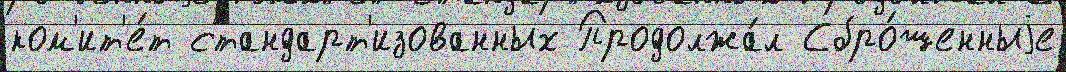
ком'ит'е́т стандарт'изованных Продолжа́л Сбро́шенныjе